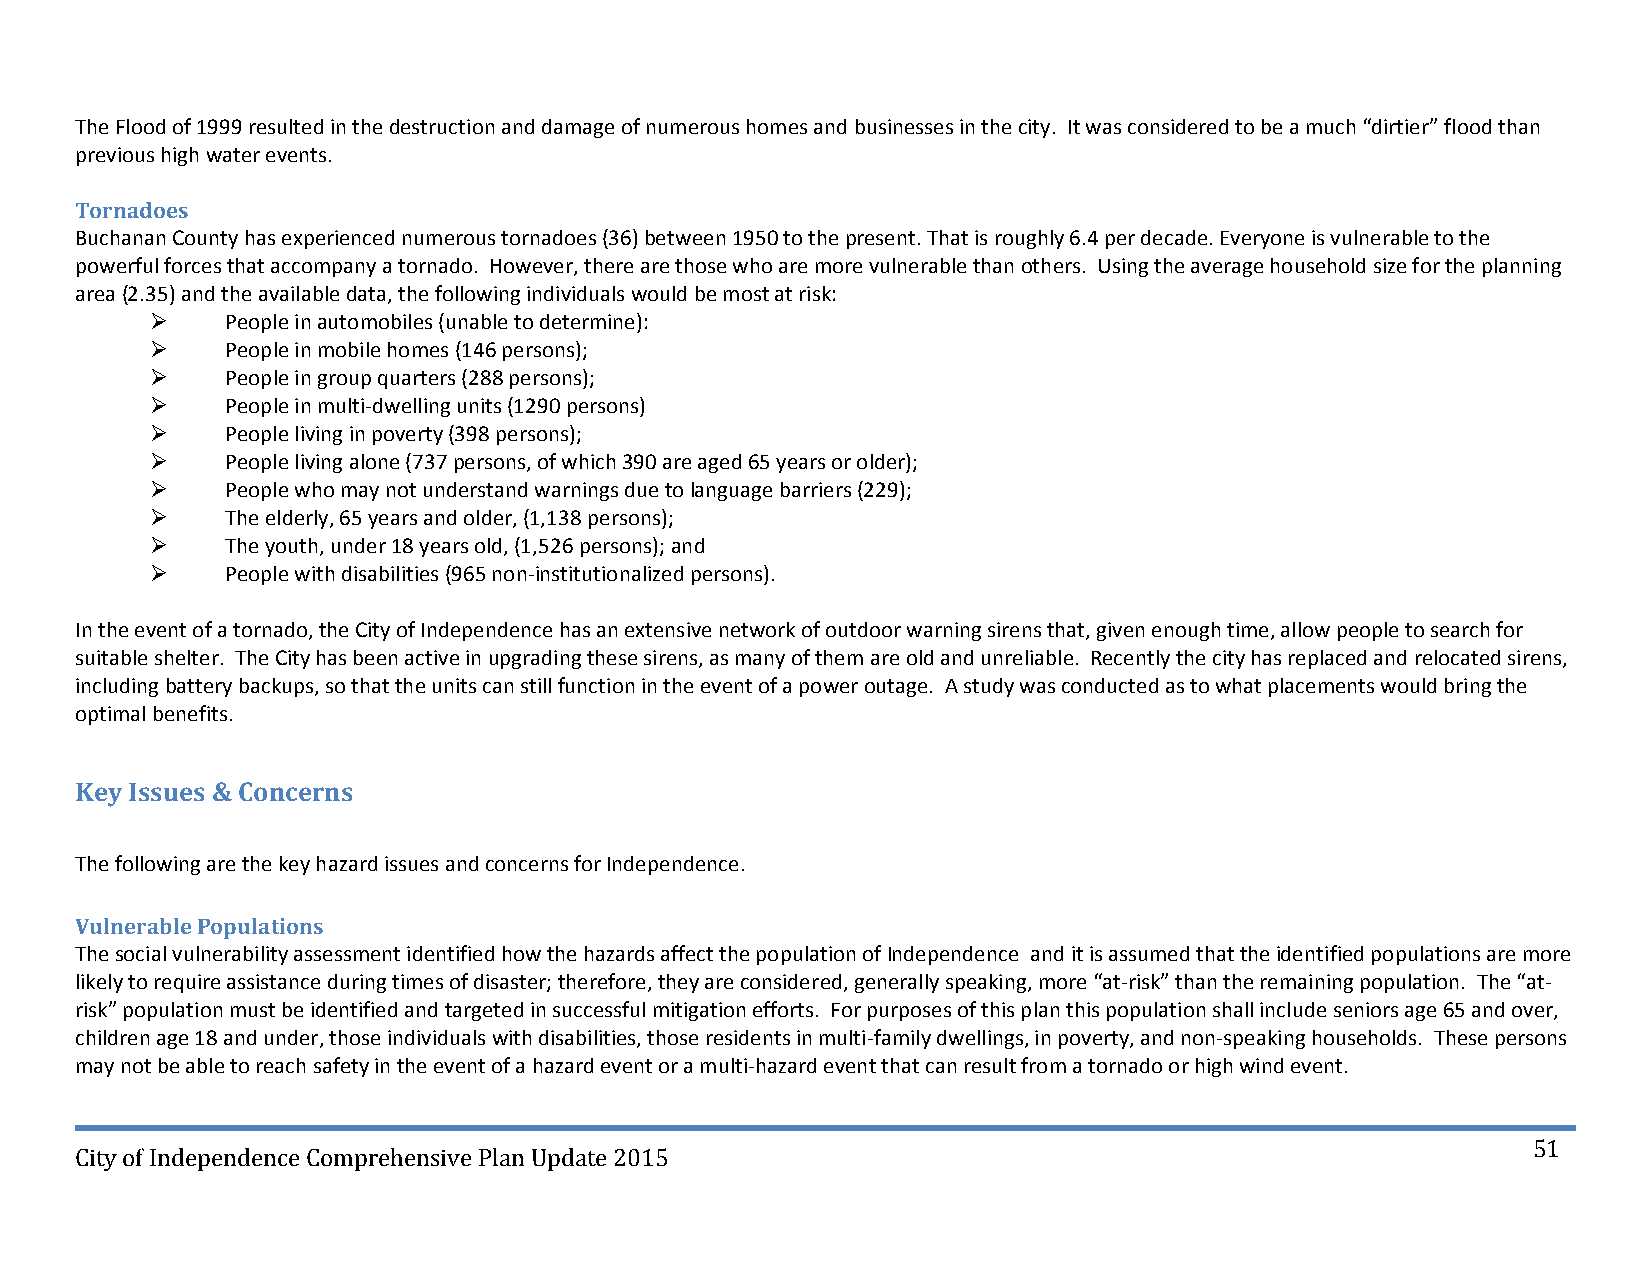
The Flood of 1999 resulted in the destruction and damage of numerous homes and businesses in the city. It was considered to be a much “dirtier” flood than
 previous high water events.
 Tornadoes
 Buchanan County has experienced numerous tornadoes (36) between 1950 to the present. That is roughly 6.4 per decade. Everyone is vulnerable to the
 powerful forces that accompany a tornado. However, there are those who are more vulnerable than others. Using the average household size for the planning
 area (2.35) and the available data, the following individuals would be most at risk:
     People in automobiles (unable to determine):
     People in mobile homes (146 persons);
     People in group quarters (288 persons);
     People in multi‐dwelling units (1290 persons)
     People living in poverty (398 persons);
     People living alone (737 persons, of which 390 are aged 65 years or older);
     People who may not understand warnings due to language barriers (229);
     The elderly, 65 years and older, (1,138 persons);
     The youth, under 18 years old, (1,526 persons); and
     People with disabilities (965 non‐institutionalized persons).
 In the event of a tornado, the City of Independence has an extensive network of outdoor warning sirens that, given enough time, allow people to search for
 suitable shelter. The City has been active in upgrading these sirens, as many of them are old and unreliable. Recently the city has replaced and relocated sirens,
 including battery backups, so that the units can still function in the event of a power outage. A study was conducted as to what placements would bring the
 optimal benefits.
 Key Issues & Concerns
 The following are the key hazard issues and concerns for Independence.
 Vulnerable Populations
 The social vulnerability assessment identified how the hazards affect the population of Independence and it is assumed that the identified populations are more
 likely to require assistance during times of disaster; therefore, they are considered, generally speaking, more “at‐risk” than the remaining population. The “at‐
 risk” population must be identified and targeted in successful mitigation efforts. For purposes of this plan this population shall include seniors age 65 and over,
 children age 18 and under, those individuals with disabilities, those residents in multi‐family dwellings, in poverty, and non‐speaking households. These persons
 may not be able to reach safety in the event of a hazard event or a multi‐hazard event that can result from a tornado or high wind event.
 51
 City of Independence Comprehensive Plan Update 2015